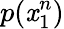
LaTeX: p(\mathit{x}_{1}^{n})